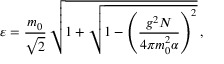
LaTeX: \varepsilon = \frac { m _ { 0 } } { \sqrt { 2 } } \, \sqrt { 1 + \sqrt { 1 - \left( \frac { g ^ { 2 } N } { 4 \pi m _ { 0 } ^ { 2 } \alpha } \right) ^ { 2 } } } \, ,